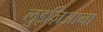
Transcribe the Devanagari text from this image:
लुइज़िआना